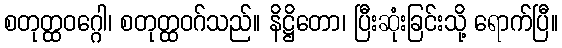
စတုတ္ထဝဂ္ဂေါ၊ စတုတ္ထဝဂ်သည်။ နိဋ္ဌိတော၊ ပြီးဆုံးခြင်းသို့ ရောက်ပြီ။